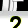
Digit: 2